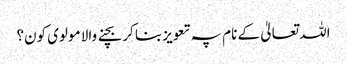
اللہ تعالیٰ کے نام پہ تعویز بنا کر بچنے والا مولوی کون؟